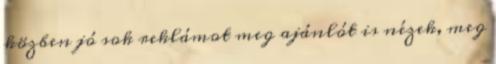
közben jó sok reklámot meg ajánlót is nézek, meg